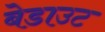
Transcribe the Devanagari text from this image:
बेडाउट